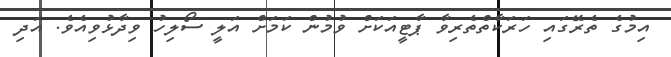
އިމުގެ ތެރޭގައި ހަރަކާތްތެރިވާ ޕާޓީއަކަށް ވުމުން ކަމަށް އަލީ ސޯލިހު ވިދާޅުވިއެވެ. އަދި